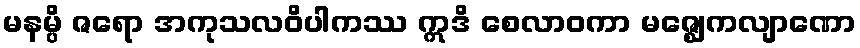
မနမ္ပိ ဇရော အကုသလဝိပါကဿ ဣဒိ စေလာဝကာ မဇ္ဈေကလျာဏော